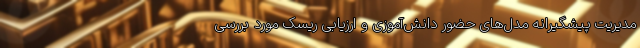
مدیریت پیشگیرانه مدل‌های حضور دانش‌آموزی و ارزیابی ریسک مورد بررسی